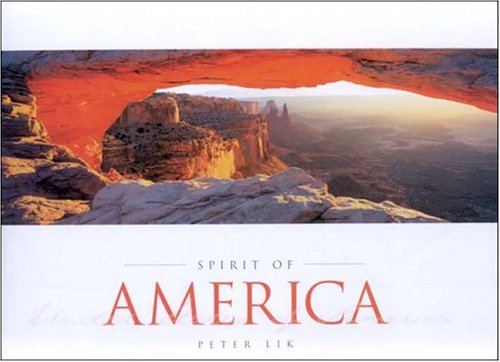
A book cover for Spirit of America; Peter Lik; Travel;